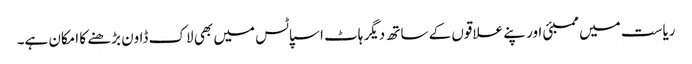
ریاست میں ممبئی اور پنے علاقوں کے ساتھ دیگر ہاٹ اسپاٹس میں بھی لاک ڈاون بڑھنے کا امکان ہے۔